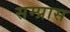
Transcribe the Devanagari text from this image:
सम्प्रास